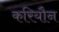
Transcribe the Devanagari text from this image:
करियौन